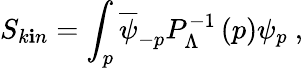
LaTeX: S_{k\mathbf{i}n}=\int_{p}\overline{{{\psi}}}_{-p}P_{\Lambda}^{-1}\left(p\right)\psi_{p}\ ,